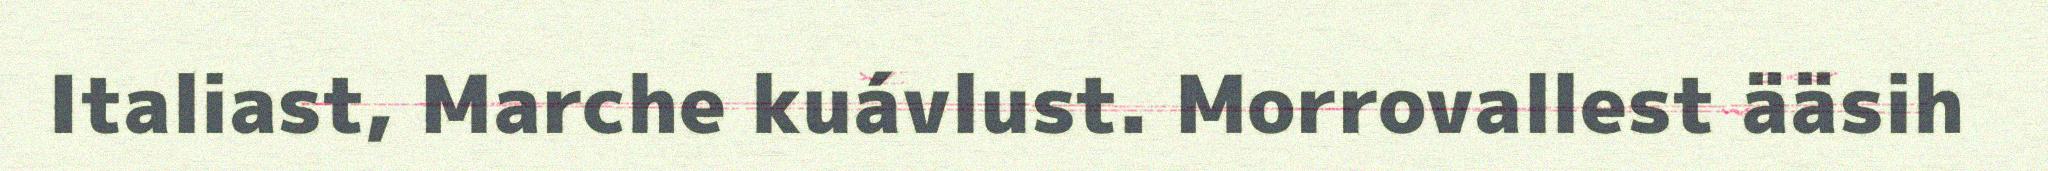
Italiast, Marche kuávlust. Morrovallest ääsih